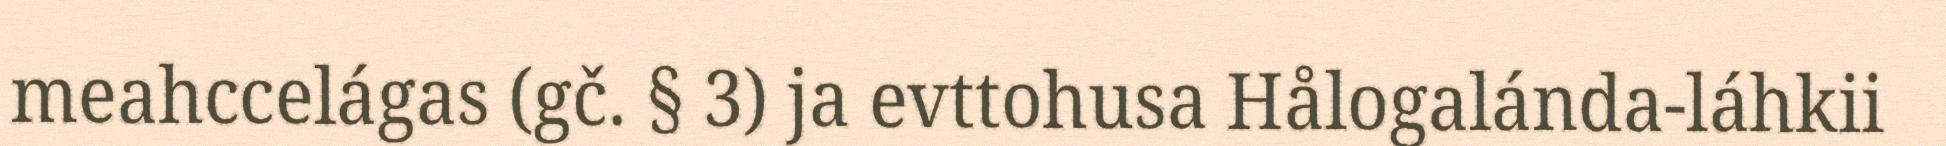
meahccelágas (gč. § 3) ja evttohusa Hålogalánda-láhkii